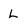
Character: L